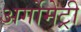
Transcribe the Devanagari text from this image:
अर्गोमेट्री